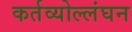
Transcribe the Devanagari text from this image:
कर्तव्योल्लंघन